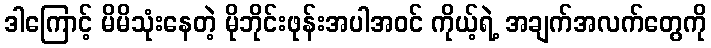
ဒါကြောင့် မိမိသုံးနေတဲ့ မိုဘိုင်းဖုန်းအပါအဝင် ကိုယ့်ရဲ့ အချက်အလက်တွေကို